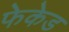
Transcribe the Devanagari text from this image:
फेकेड